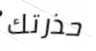
حذرتك